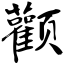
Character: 颧